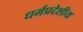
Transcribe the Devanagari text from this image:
धर्मप्रदेशीय